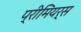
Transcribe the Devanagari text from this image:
प्रीमियर्स